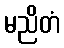
မညိတံ